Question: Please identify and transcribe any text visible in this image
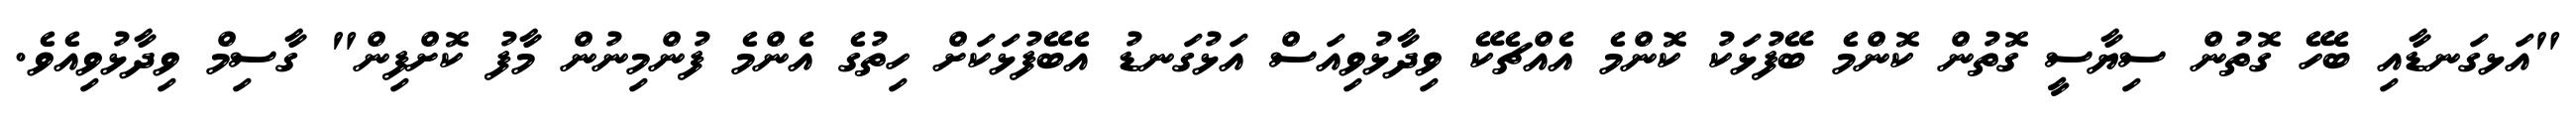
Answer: "އަޅގަނޑާއި ބެހޭ ގޮތުން ސިޔާސީ ގޮތުން ކޮންމެ ބޭފުޅަކު ކޮންމެ އެއްޗެކޭ ވިދާޅުވިއަސް އަޅުގަނޑު އެބޭފުޅަކަށް ހިތުގެ އެންމެ ފުންމިނުން މާފު ކޮށްފިން" ގާސިމް ވިދާޅުވިއެވެ.